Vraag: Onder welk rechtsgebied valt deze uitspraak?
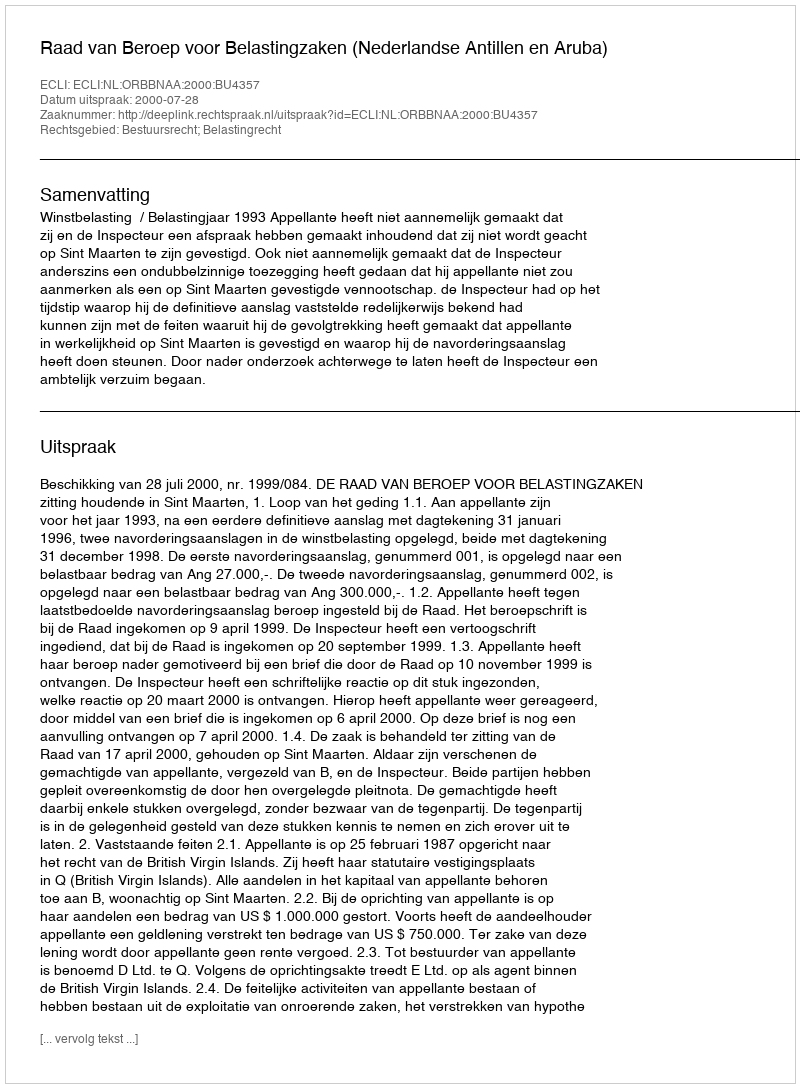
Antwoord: Bestuursrecht; Belastingrecht